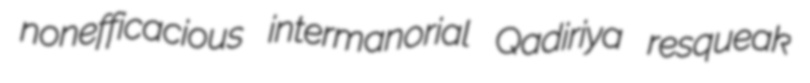
nonefficacious intermanorial Qadiriya resqueak